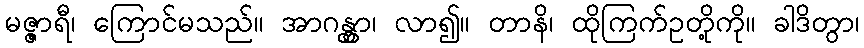
မဇ္ဇာရီ၊ ကြောင်မသည်။ အာဂန္တွာ၊ လာ၍။ တာနိ၊ ထိုကြက်ဥတို့ကို။ ခါဒိတွာ၊